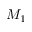
M _ { 1 }